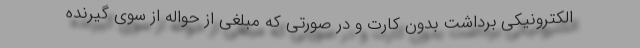
الکترونیکی برداشت بدون کارت و در صورتی که مبلغی از حواله از سوی گیرنده